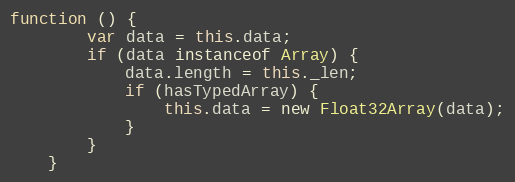
Language: JavaScript
function () {
        var data = this.data;
        if (data instanceof Array) {
            data.length = this._len;
            if (hasTypedArray) {
                this.data = new Float32Array(data);
            }
        }
    }